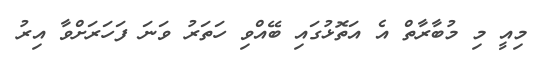
މިއީ މި މުބާރާތް އެ އަތޮޅުގައި ބޭއްވި ހަތަރު ވަނަ ފަހަރަށްވާ އިރު